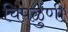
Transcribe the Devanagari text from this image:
चिपळुणी